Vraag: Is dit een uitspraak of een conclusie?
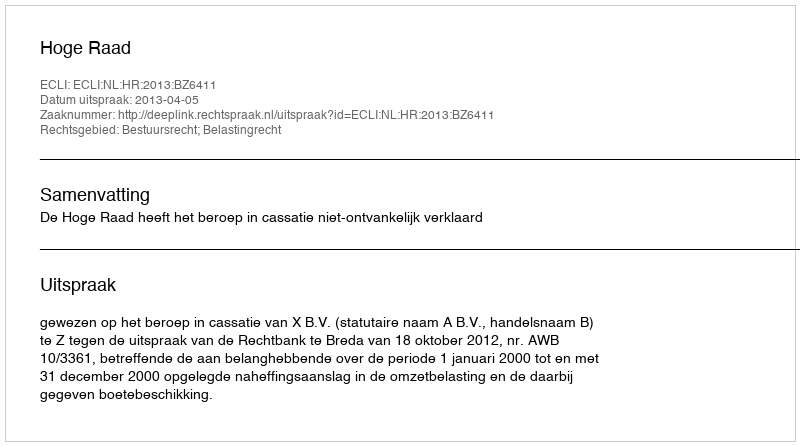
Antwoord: Uitspraak